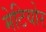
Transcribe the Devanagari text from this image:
मेटियोर